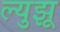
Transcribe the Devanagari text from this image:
ल्युझू